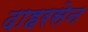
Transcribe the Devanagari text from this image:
दाहरसेन